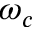
\omega _ { c }